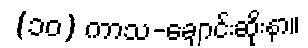
(၁၀) ကာသ-ချောင်းဆိုးနာ။